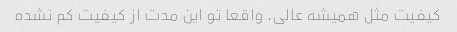
کیفیت مثل همیشه عالی. واقعا تو این مدت از کیفیت کم نشده